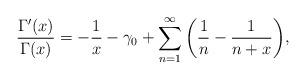
LaTeX: \begin{align*}\frac{\Gamma'(x)}{\Gamma(x)}=-\frac1x-\gamma_0+\sum_{n=1}^{\infty}\bigg(\frac1n-\frac1{n+x}\bigg),\end{align*}